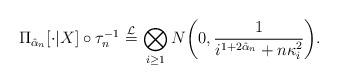
LaTeX: \begin{align*} \Pi_{\hat\alpha_n}[\cdot|X]\circ\tau_n^{-1}\,\mathop{=}^{\mathcal{L}}\, \bigotimes_{i\ge1} N\biggl(0,\frac{1}{i^{1+2\hat\alpha_n}+n\kappa_i^2} \biggr).\end{align*}